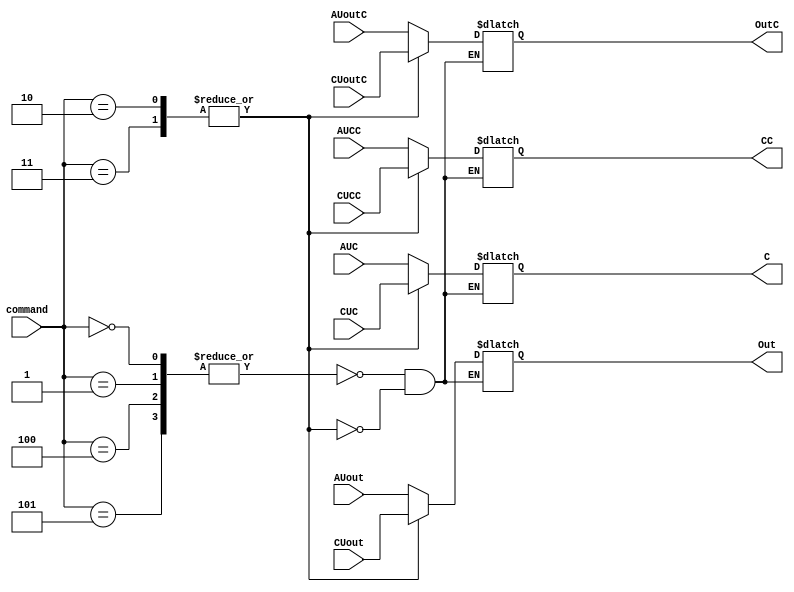
module OutMul(
	input [15:0] AUout, AUoutC, CUout, CUoutC,
	input AUC, AUCC, CUC, CUCC, 
	input [2:0] command,
	output reg [15:0] Out, OutC,
	output reg C, CC);
	
	always @*
	begin
		case(command)
			0,1,4,5: begin
				Out<=AUout;
				OutC<=AUoutC;
				C<=AUC;
				CC<=AUCC;
				end
			2,3: begin
				Out<=CUout;
				OutC<=CUoutC;
				C<=CUC;
				CC<=CUCC;
				end
		endcase
	end
endmodule